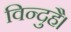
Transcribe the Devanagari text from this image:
विन्दुहै।